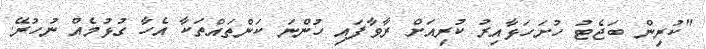
"ކުރިން ބަޖެޓު ހުށަހަޅާއިރު ކުރިއަށް ރާވާފައި ހުންނަ ކަންތައްތަކާ އެހާ ގުޅުމެއް ނުހުރޭ.